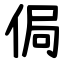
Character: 侷